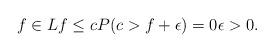
LaTeX: \begin{align*}f\in Lf\le cP(c>f+\epsilon)=0\epsilon>0.\end{align*}